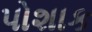
પોશાક